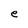
Character: e